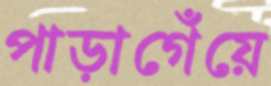
পাড়াগেঁয়ে